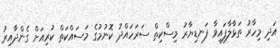
އަދި މިހާރު ތަޅާލާފައިވާ ފަނޑިޔާރު މިސްކިތް ސަރަހައްދު ކޮނުމުގެ މަސައްކަތް ކުރިއަށް ގެންދާއިރު